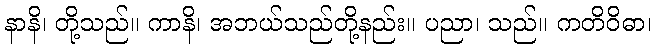
နာနိ၊ တို့သည်။ ကာနိ၊ အဘယ်သည်တို့နည်း။ ပညာ၊ သည်။ ကတိဝိဓာ၊